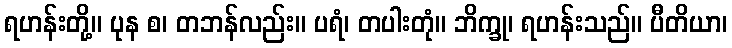
ရဟန်းတို့။ ပုန စ၊ တဘန်လည်း။ ပရံ၊ တပါးတုံ။ ဘိက္ခု၊ ရဟန်းသည်။ ပီတိယာ၊